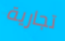
تجارية